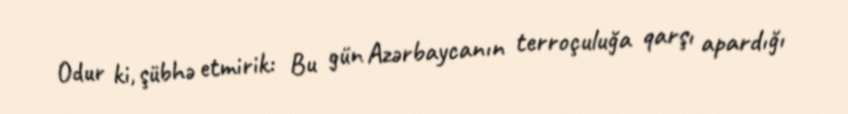
Odur ki, şübhə etmirik: Bu gün Azərbaycanın terroçuluğa qarşı apardığı